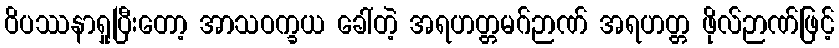
ဝိပဿနာရှုပြီးတော့ အာသဝက္ခယ ခေါ်တဲ့ အရဟတ္တမဂ်ဉာဏ် အရဟတ္တ ဖိုလ်ဉာဏ်ဖြင့်